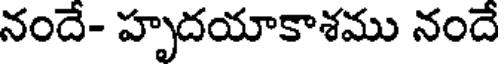
నందే- హృదయాకాశము నందే